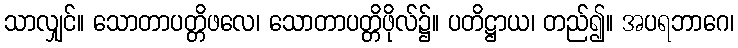
သာလျှင်။ သောတာပတ္တိဖလေ၊ သောတာပတ္တိဖိုလ်၌။ ပတိဋ္ဌာယ၊ တည်၍။ အပရဘာဂေ၊